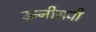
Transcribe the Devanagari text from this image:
उन्‍नीसवी